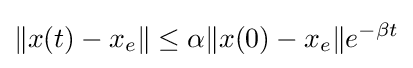
\|x(t)-x_{e}\|\leq \alpha \|x(0)-x_{e}\|e^{-\beta t}